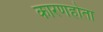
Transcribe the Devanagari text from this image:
कारणहोता